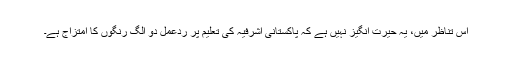
اس تناظر میں، یہ حیرت انگیز نہیں ہے کہ پاکستانی اشرفیہ کی تعلیم پر ردّعمل دو الگ رنگوں کا امتزاج ہے۔